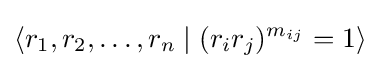
\left\langle r_{1},r_{2},\ldots ,r_{n}\mid (r_{i}r_{j})^{m_{ij}}=1\right\rangle